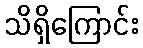
သိရှိကြောင်း